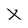
Character: X